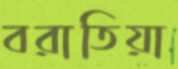
বরাতিয়া